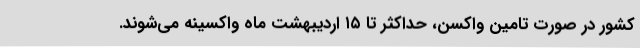
کشور در صورت تامین واکسن، حداکثر تا ۱۵ اردیبهشت ماه واکسینه می‌شوند.